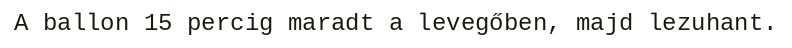
A ballon 15 percig maradt a levegőben, majd lezuhant.